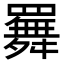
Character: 𦌬